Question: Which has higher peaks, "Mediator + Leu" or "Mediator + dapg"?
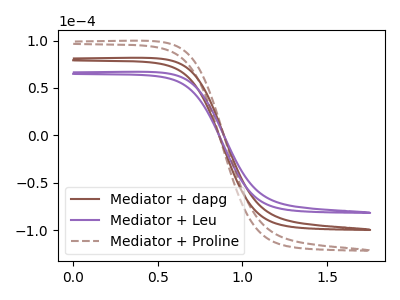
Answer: <think>The brown curve "Mediator + dapg" has no peaks. The purple curve "Mediator + Leu" has no peaks. The brown dashed curve "Mediator + Proline" has no peaks.</think>
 <answer>Niether CV has any peaks.</answer>
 <eval>blanks</eval>